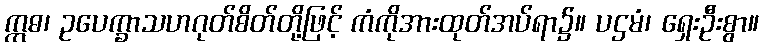
ဣဓ၊ ဥပေက္ခာသဟဂုတ်စိတ်တို့ဖြင့် ကံကိုအားထုတ်အပ်ရာ၌။ ပဌမံ၊ ရှေးဦးစွာ။